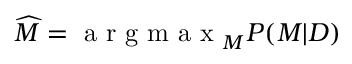
\widehat { M } = \mathrm { ~ a ~ r ~ g ~ m ~ a ~ x ~ } _ { M } P ( M | D )